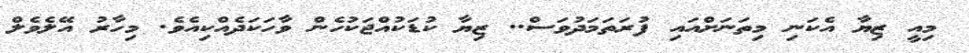
މިއީ ޒިޔާ އެކަނި މިތަނަށްއައި ފުރަތަމަދުވަސް.. ޒިޔާ ކުޑަކުއްޖަކުހެން ވާހަކަދެއްކިއެވެ. މިހާރު އޭލެވެލް